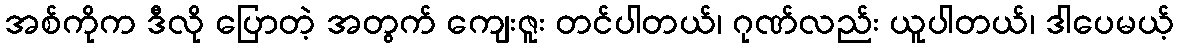
အစ်ကိုက ဒီလို ပြောတဲ့ အတွက် ကျေးဇူး တင်ပါတယ်၊ ဂုဏ်လည်း ယူပါတယ်၊ ဒါပေမယ့်